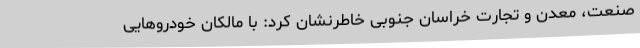
صنعت، معدن و تجارت خراسان جنوبی خاطرنشان کرد: با مالکان خودروهایی